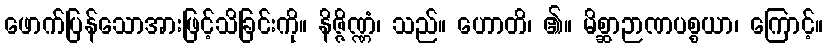
ဖောက်ပြန်သောအားဖြင့်သိခြင်းကို။ နိဇ္ဇိဏ္ဏံ၊ သည်။ ဟောတိ၊ ၏။ မိစ္ဆာဉာဏပစ္စယာ၊ ကြောင့်။